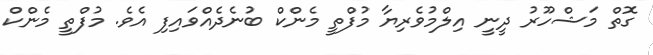
ގޮތް މަޝްހޫރު ދީނީ އިލްމުވެރިޔާ މުފްތީ މެންކް ބުނެދެއްވައިފި އެވެ. މުފްތީ މެންކް